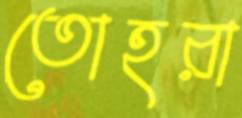
তোহরা